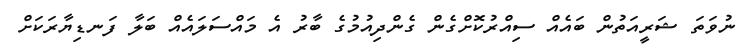
ނުވަތަ ޝަރީއަތުން ބައެއް ސިއްރުކޮށްގެން ގެންދިއުމުގެ ބާރު އެ މައްސަލައެއް ބަލާ ފަނޑިޔާރަކަށް